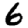
Digit: 6